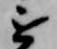
を